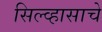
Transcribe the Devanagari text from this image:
सिल्व्हासाचे